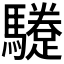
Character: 𩦬